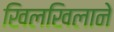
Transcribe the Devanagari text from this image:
खिलखिलाने